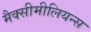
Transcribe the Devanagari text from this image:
मैक्सीमीलियन्स